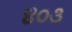
૪૦૩